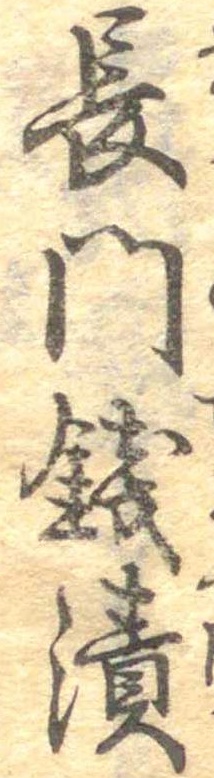
長門銭漬